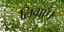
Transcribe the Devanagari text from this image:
लिवाएँ।